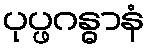
ပုပ္ဖဂန္ဓာနံ